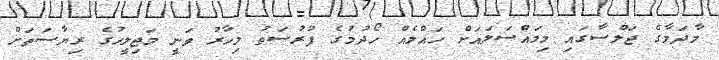
މާދަމާގެ ޖަލްސާގައި މިމައްސަލައަށް ހައްލެއް ހޯދުމުގެ ފުރުޞަތު މިހާރު ވަނީ މަޖިލީހުގެ ރިޔާސަތަށް